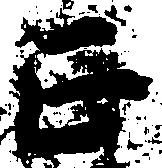
正